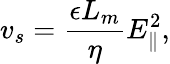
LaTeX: v_{s}=\frac{\epsilon L_{m}}{\eta}E_{\parallel}^{2},